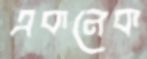
একনেক